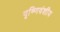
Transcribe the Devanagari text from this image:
वृष्णिवंशीय